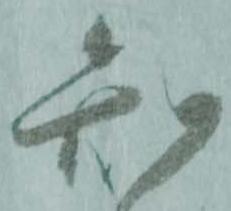
知